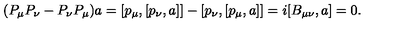
( P _ { \mu } P _ { \nu } - P _ { \nu } P _ { \mu } ) a = [ p _ { \mu } , [ p _ { \nu } , a ] ] - [ p _ { \nu } , [ p _ { \mu } , a ] ] = i [ B _ { \mu \nu } , a ] = 0 .